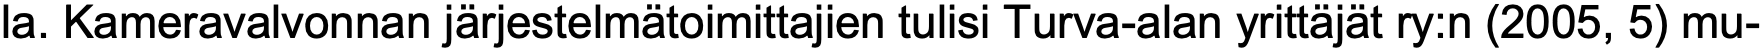
la. Kameravalvonnan järjestelmätoimittajien tulisi Turva-alan yrittäjät ry:n (2005, 5) mu-